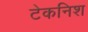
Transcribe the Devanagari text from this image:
टेकनिश